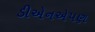
ડીએનએપણ